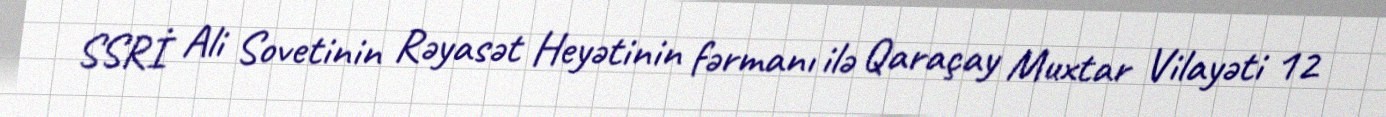
SSRİ Ali Sovetinin Rəyasət Heyətinin fərmanı ilə Qaraçay Muxtar Vilayəti 12